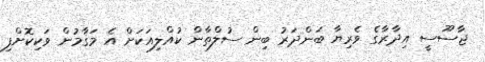
ޖާސޫސީ އިދާރާގެ ވެރިޔާ ބަންދަރު ބިން ސުލްތާން ކުއްލިއަކަށް އެ މަގާމުން ވަކިކޮށްފި